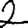
Digit: 2